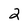
Character: 2